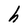
Character: h